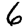
Digit: 6